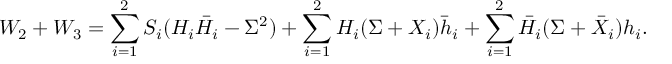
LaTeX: W _ { 2 } + W _ { 3 } = \sum _ { i = 1 } ^ { 2 } S _ { i } ( H _ { i } \bar { H } _ { i } - \Sigma ^ { 2 } ) + \sum _ { i = 1 } ^ { 2 } H _ { i } ( \Sigma + X _ { i } ) \bar { h } _ { i } + \sum _ { i = 1 } ^ { 2 } \bar { H } _ { i } ( \Sigma + \bar { X } _ { i } ) { h } _ { i } .